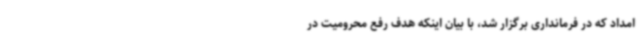
امداد که در فرمانداری برگزار شد، با بیان اینکه هدف رفع محرومیت در